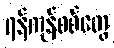
ရန်ကုန်စစ်တွေ